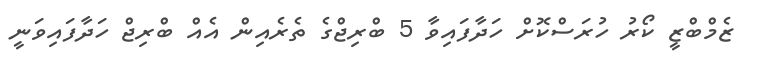
ޒެމްބްޒީ ކޯރު ހުރަސްކޮށް ހަދާފައިވާ 5 ބްރިޖްގެ ތެރެއިން އެއް ބްރިޖް ހަދާފައިވަނީ